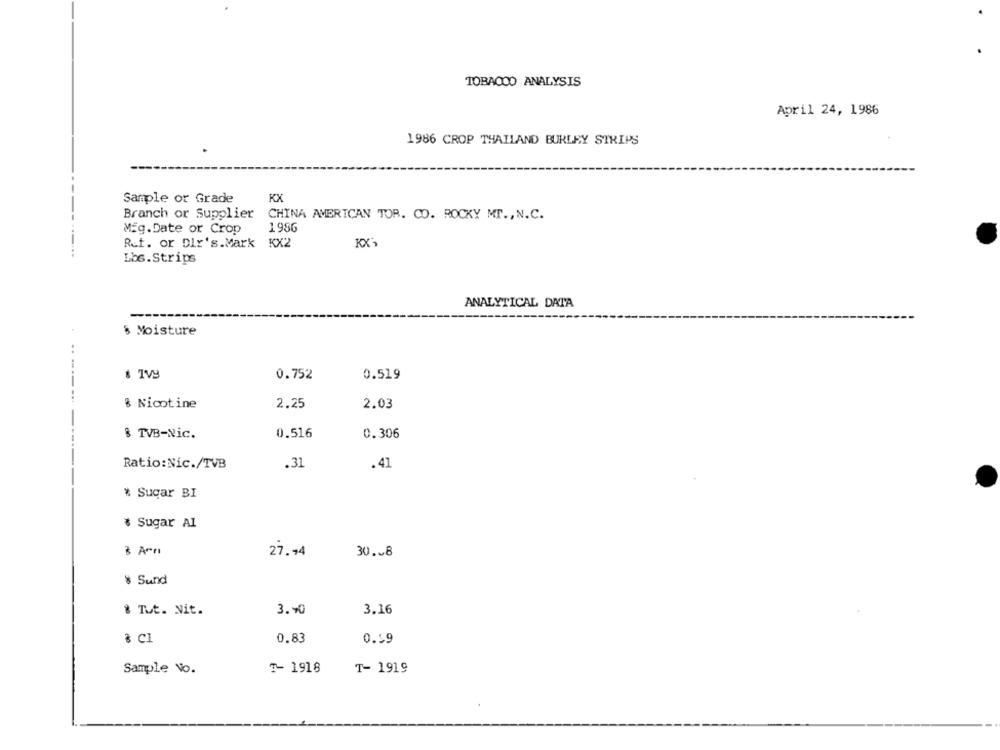
TOBACCO ANALYSIS
April 24, 1986
1986 CROP THAILAND BURLEY STRIPS
Sample or Grade
KX
Branch or Supplier
CHINA AMERICAN TOR. CO. ROCKY MT ., N.C.
Mig.Date or Crop
1986
Ruf. or Dir's.Mark KX2
KX',
Lbs.Strips
ANALYTICAL DATA
& Moisture
..
0.752
0.519
8 Nicotine
2.25
2.03
8 TVB-Nic.
0.516
0.306
Ratio:Nic./TVB
.31
.41
* Sugar BI
* Sugar AI
8 Arn
27.44
30 .~ 8
# Sund
& Tut. Nit.
3.40
3.16
& Cl
0.83
0.59
Sample No.
7-1918
T- 1919